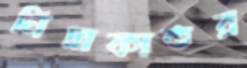
নিদ্রাকাতর